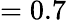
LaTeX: =0.7